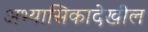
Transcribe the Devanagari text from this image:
अभ्यासिकादेखील